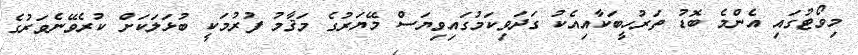
މިވޯޓުގައި އެންމެ ބޮޑު ތަރުހީބަކާއިއެކު ގަދަވިކަމުގައިވިޔަސް މޭޔަރުގެ މަޤާމު ފުރުމަކީ ބުޅަލަކަށް ކުރެވޭނެވަރުގެ